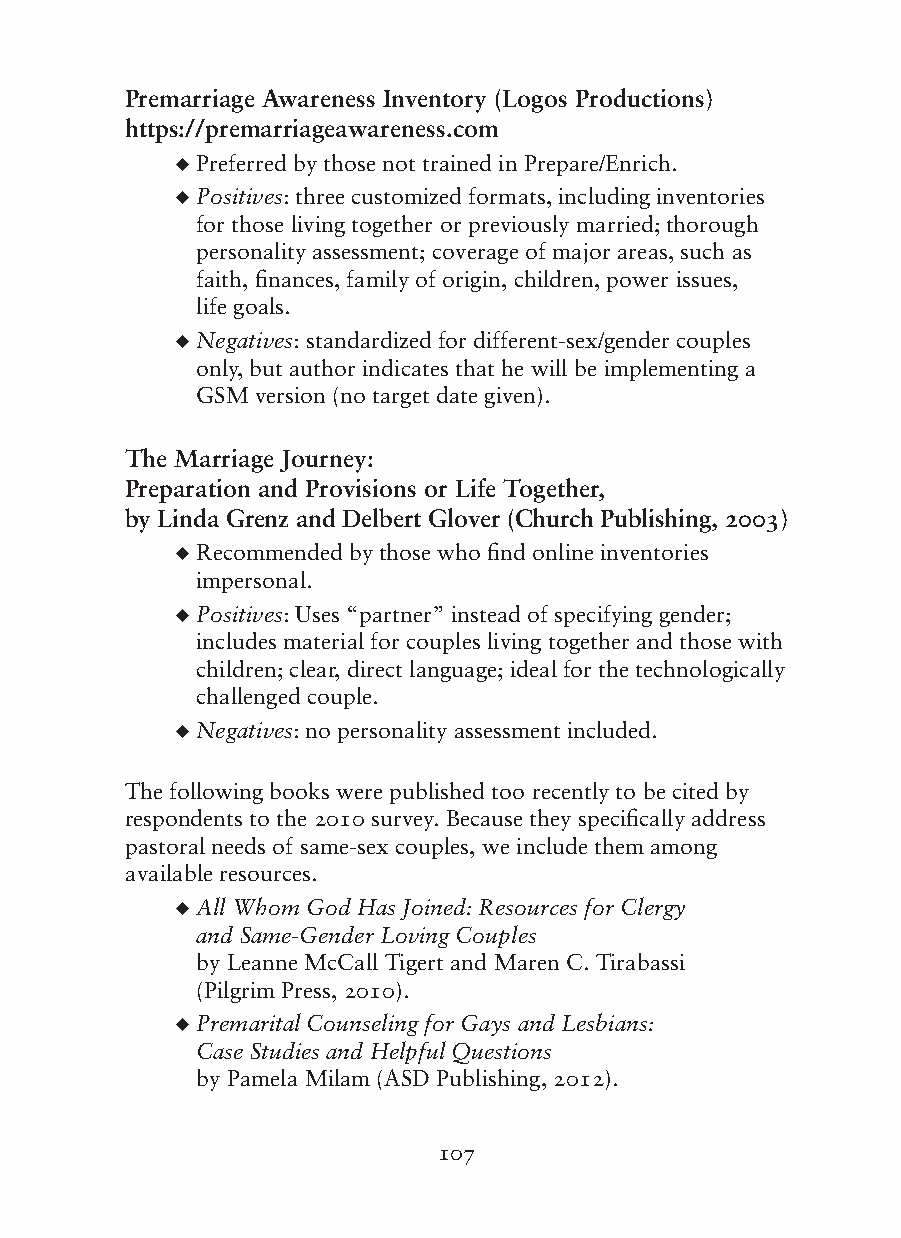
Premarriage Awareness Inventory (Logos Productions)
 https://premarriageawareness.com
 ◆ Preferred by those not trained in Prepare/Enrich.
 ◆ Positives: three customized formats, including inventories
 for those living together or previously married; thorough
 personality assessment; coverage of major areas, such as
 faith, finances, family of origin, children, power issues,
 life goals.
 ◆ Negatives: standardized for different-sex/gender couples
 only, but author indicates that he will be implementing a
 GSM version (no target date given).
 The Marriage Journey:
 Preparation and Provisions or Life Together,
 by Linda Grenz and Delbert Glover (Church Publishing, 2003)
 ◆ Recommended by those who find online inventories
 impersonal.
 ◆ Positives: Uses “partner” instead of specifying gender;
 includes material for couples living together and those with
 children; clear, direct language; ideal for the technologically
 challenged couple.
 ◆ Negatives: no personality assessment included.
 The following books were published too recently to be cited by
 respondents to the 2010 survey. Because they specifically address
 pastoral needs of same-sex couples, we include them among
 available resources.
 ◆ All Whom God Has Joined: Resources for Clergy
 and Same-Gender Loving Couples
 by Leanne McCall Tigert and Maren C. Tirabassi
 (Pilgrim Press, 2010).
 ◆ Premarital Counseling for Gays and Lesbians:
 Case Studies and Helpful Questions
 by Pamela Milam (ASD Publishing, 2012).
 107